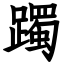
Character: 躅